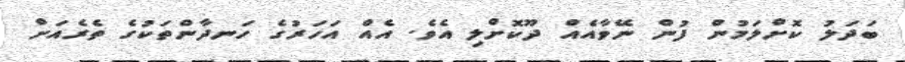
ބަދަލު ކޮށްލަމުން ފުން ނޭވާއެއް ދޫކޮށްލި އެވެ. އެއް އަހަރުގެ ހަނދާންތަކުގެ ތެރެއަށް